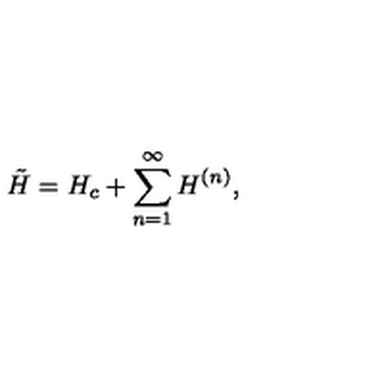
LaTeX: \tilde { H } = H _ { c } + \sum _ { n = 1 } ^ { \infty } H ^ { ( n ) } ,